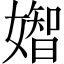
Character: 𡡧